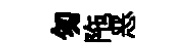
匆陁恶